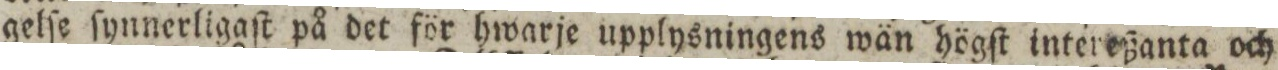
gelſe ſynnerligaſt på det för hwarje upplysningens wän högſt intereßanta och